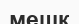
мешк